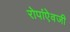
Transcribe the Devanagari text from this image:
रोपांएेवजी